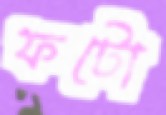
ফটো